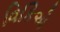
વિકિએ